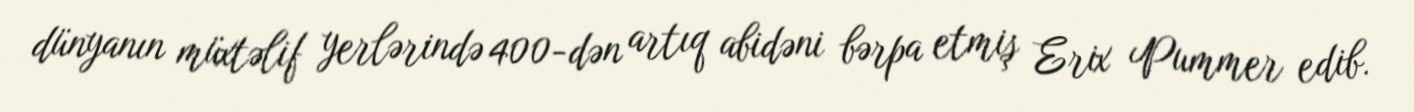
dünyanın müxtəlif yerlərində 400-dən artıq abidəni bərpa etmiş Erix Pummer edib.